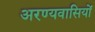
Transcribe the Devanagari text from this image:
अरण्यवासियों